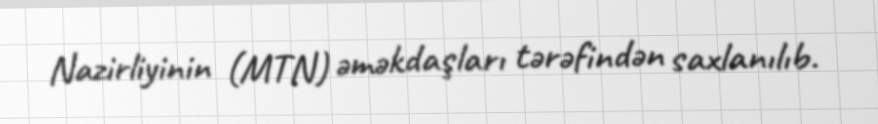
Nazirliyinin (MTN) əməkdaşları tərəfindən saxlanılıb.